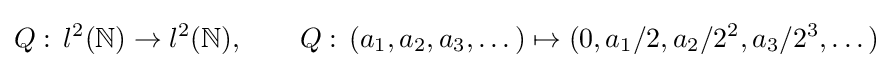
Q:\,l^{2}(\mathbb {N} )\to l^{2}(\mathbb {N} ),\qquad Q:\,(a_{1},a_{2},a_{3},\dots )\mapsto (0,a_{1}/2,a_{2}/2^{2},a_{3}/2^{3},\dots )